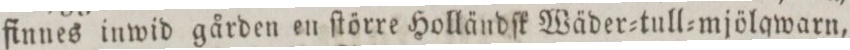
finnes inwid gården en ſtörre Holländſk Wäder=tull=mjölqwarn,